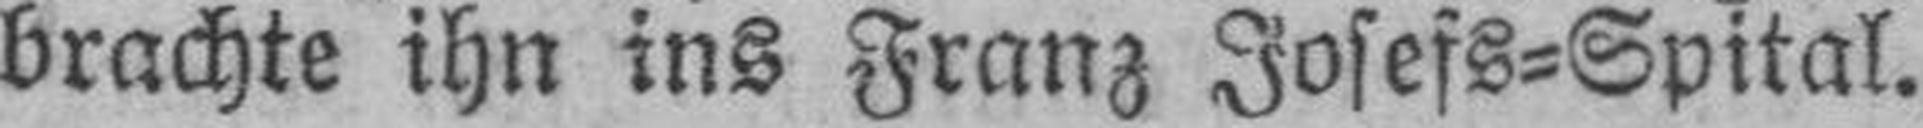
brachte ihn ins Franz Josefs=Spital.